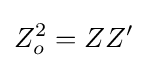
Z_{o}^{2}=ZZ'